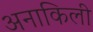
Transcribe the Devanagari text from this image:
अनाकिली